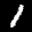
Label: 1